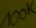
Text: 100k